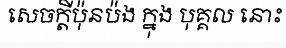
សេចក្តីប៉ុនប៉ង ក្នុង បុគ្គល នោះ